Tartu_kinnistusamet, lk 7
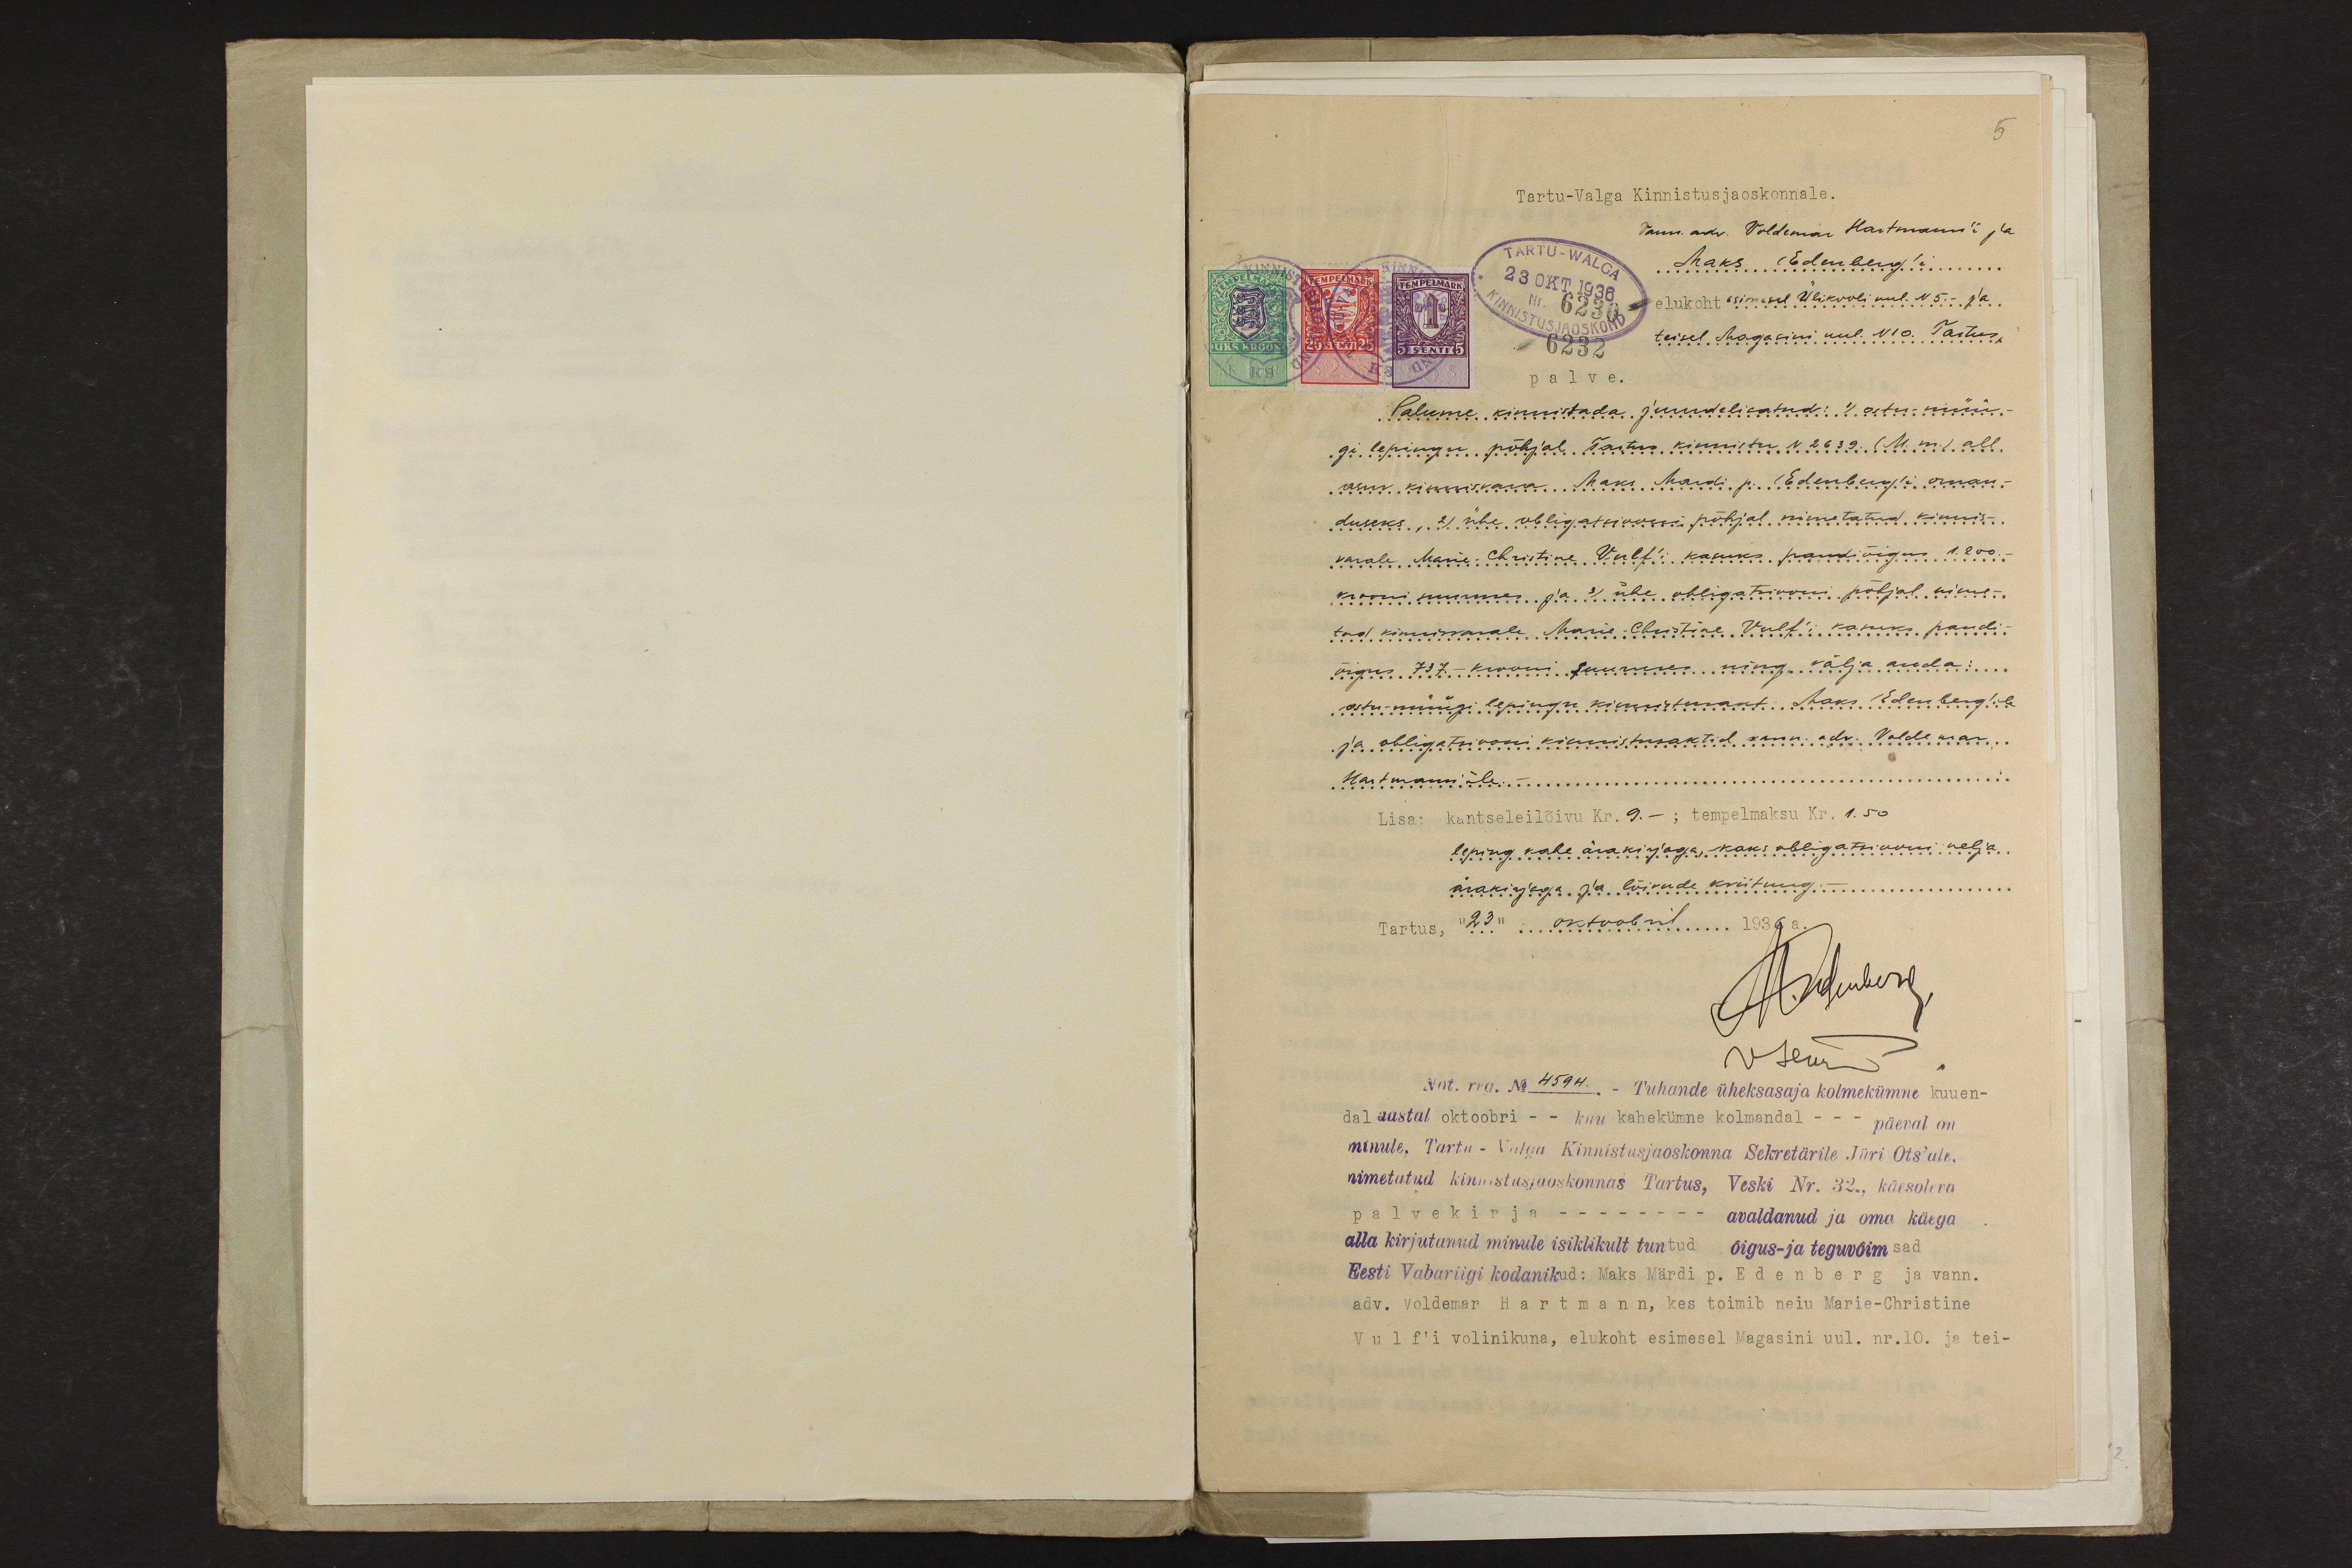
5

Tartu-Valga Kinnistusjaoskonnale.
Vann .adv. Voldemar Hartmann'i ja
Maks Edenberg'le
elukoht esimesel Ülikooli uul. N 5.- ja
teisel Magasini uul. N10. Tartus,
palve.
Palume kinnistada juurdelisatud: 1) Ostu-müü-
gi lepingu põhjal Tartus kinnistu N 2639. (M. nr.) all
asuv kinnisvara Maks Mardi p. Edenberg'i oman-
duseks, 2) ühe obligatsiooni põhjal nimetatud kinnis-
varale Marie-Christine Vulf'i kasuks pandiõigus 1,200.-
krooni suuruses ja 3) ühe obligatsiooni põhjal nime-
tud kinnisvarale Marie-Christine Vulf'i kasuks pandi-
õigus 737.- krooni suuruses ning välja anda:
ostu-müügi lepingu kinnitusakt Maks Edenberg'ile
ja obligatsiooni kinnistusaktid vann.adv. Voldemar
Hartmanni'le.-
Lisa: kantseleilõivu Kr. 9.- ; tempelmaksu Kr. 1.50
leping kahe ärakirjaga, kaks obligatsiooni nelja
ärakirjaga ja lõivude kviitung.-
Tartus, "23" oktoobri 1936 a.
H. Muberg,
Vseur
Not. rea. No 4594. - Tahande üheksasaja kolmekümne kuuen-
dal aastal oktoobri - kuu kahekümne kolmandal - - päeval on
minule, Tartu - Valga Kinnistusjaoskonna Sekretärile, Jüri Ots'ale,
nimetatud kinnistusjaoskonnas Tartus, Veski Nr. 32., käesoleva
palvekirja - - avaldanud ja oma käega
alla kirjutanud minule isiklikult tuntud õigus- ja teguwõimsad
Eesti Vabariigi kodanikud: Maks Märdi p. Edenberg ja vann.
adv. Voldemar Hartmann, kes toimib neiu Marie-Christine
Vulf'i volinikuna, elukoht esimesel Magasini uul. nr. 10. ja tei-